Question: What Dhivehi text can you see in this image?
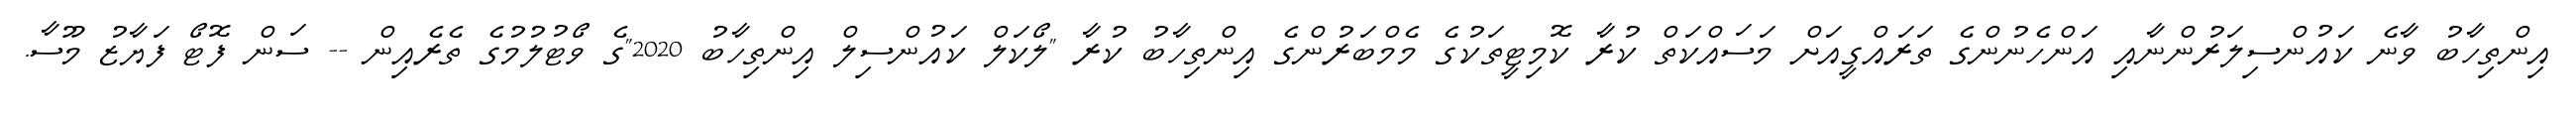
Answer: އިންތިހާބު ވާނެ ކައުންސިލަރުންނާއި އަންހެނުންގެ ތަރައްގީއަށް މަސައްކަތް ކުރާ ކޮމިޓީތަކުގެ މެމްބަރުންގެ އިންތިހާބު ކުރާ "ލޯކަލް ކައުންސިލް އިންތިހާބު 2020"ގެ ވޯޓުލުމުގެ ތެރެއިން -- ސަން ފޮޓޯ ފަޔާޒު މޫސާ.